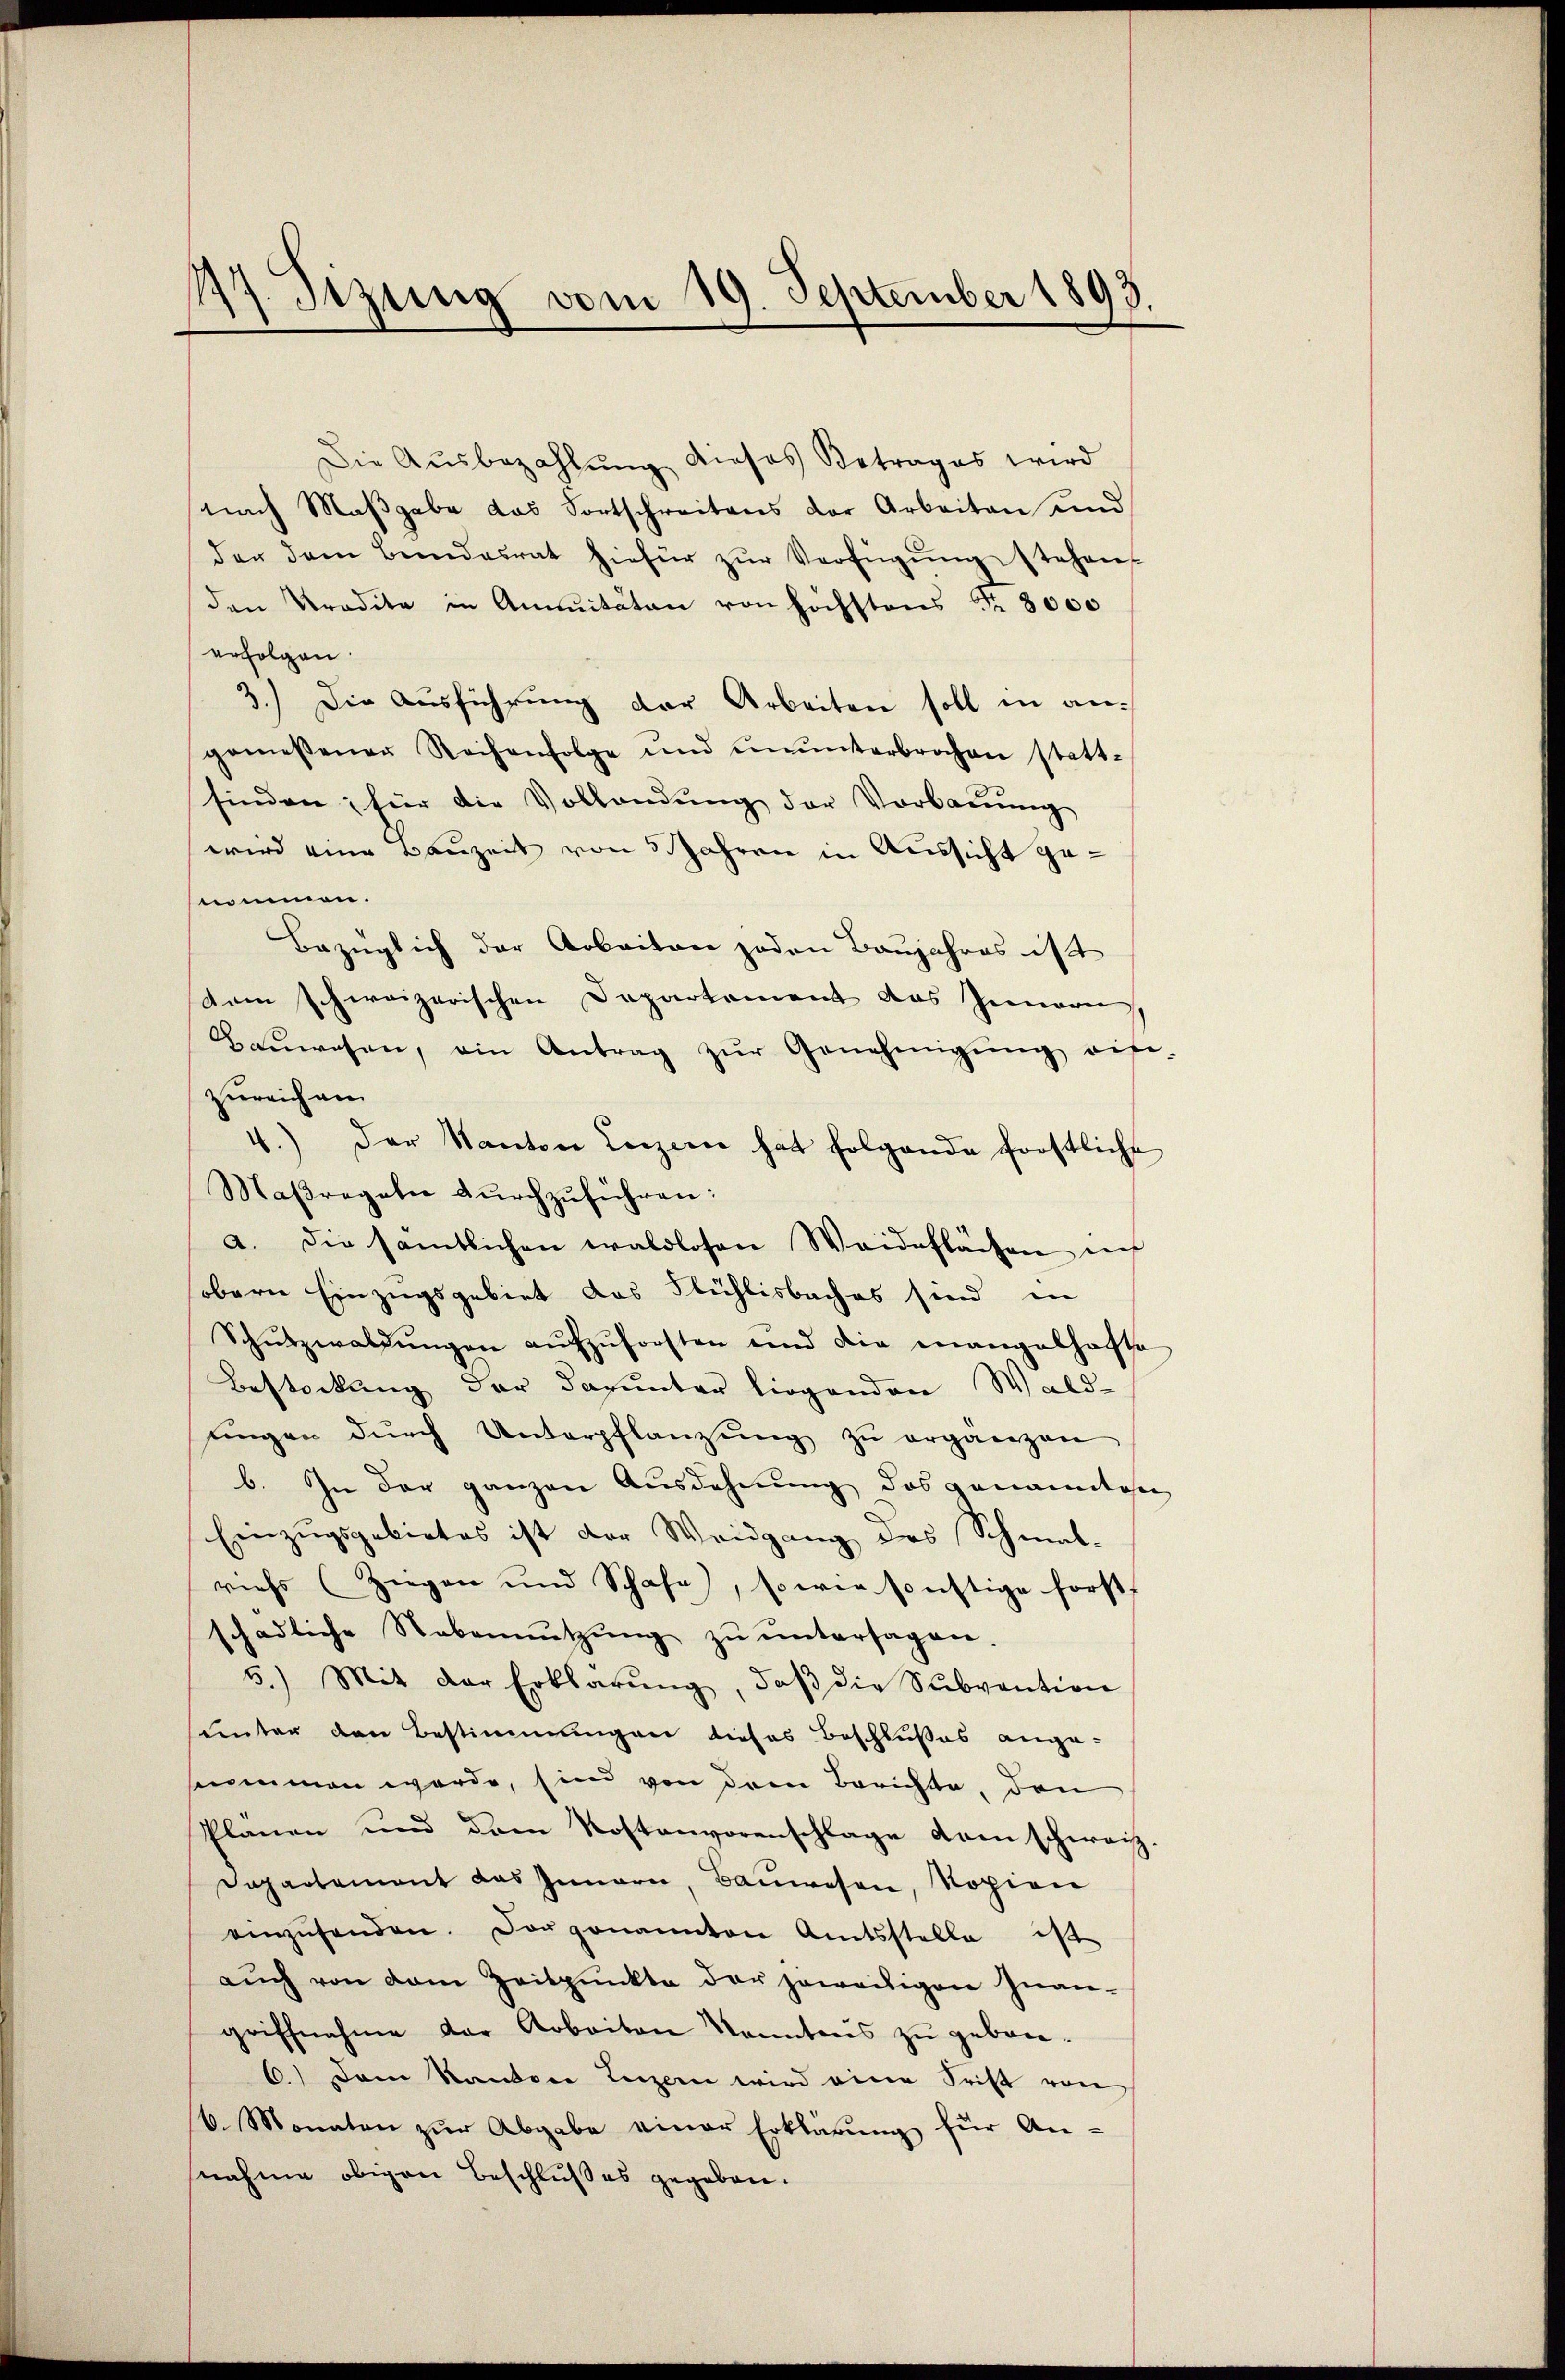
1
17. Sitzung vom 19. September 1893.

Die Aŭsbezahlŭng dieses Betrages wird
nach Maßgabe das Fortschreitens der Arbeiten und
der dem Bundesrat hiefür zŭr Verfügŭng stehen,
den Pradita in Annuitäten von höchstens Fr. 8000
erfolgen.
3.) Die Ausführung der Arbeiten soll in angemessener Reihenfolge und ŭnŭnterbrochen statt-
finden; für die Vollandŭng der Vorbaŭŭng
wird eine Bauzeit von 3 Jahren in Aussicht genomen.
Bezüglich der Arbeiten jeden Baujahres ist
dem schweizerischen Departement das Innern
Baŭwesen, ein Antrag zŭr Genehmigŭng ein-
zureich am
4.) Der Kanton Luzerne hat folgende forstliche
Maβregeln dŭrchzŭführen:
a. Die sämtlichen waldlosen Weideflächen auf
sobern Einzugsgebiet das Flühlisbaches sind in
Schŭtzwaldŭngen aŭfzŭforsten und die mangelhafte
Besteckung der darunter liegenden Wald-
tingen dŭrch Unterpflanzŭng zŭ ergänzen
b. In der ganzen Ausdehnung des genanndtchen
Einzugsgebietes ist der Weidgang des Schmal-
riehs (Ziegen und Schafe, so wie sonstige Forst
schädliche Nebennŭtzŭng zŭ ŭntersagen.
5.) Mit der Erklärŭng, daβ die Subvention
hunter den Bestimmungen dieses Beschlußes ange-
sammen werde, sind von deren Berichte, den
Planen und dem Kostenvorenschlage dem schweiz.
Dapartement das Innern, Baŭwesen, Kopien
eenzŭsenden. Der genannten Amtsstelle ist
aŭch von dem Zeitpunkte der jeweitigen Inan-
griffnahme der Arbeiten kanntens zŭ gebau-
6.) Dem Kanton Luzern wird einer Frist von
6. Monaten zŭr Abgabe einer Erklärŭng für An-
nahme obigen Beschlußes gegeben.